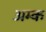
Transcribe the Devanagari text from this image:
अम्क